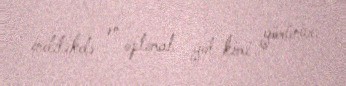
indilikdə ən optimal yol kimi görünür.